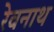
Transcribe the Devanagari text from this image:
रेवनाथ